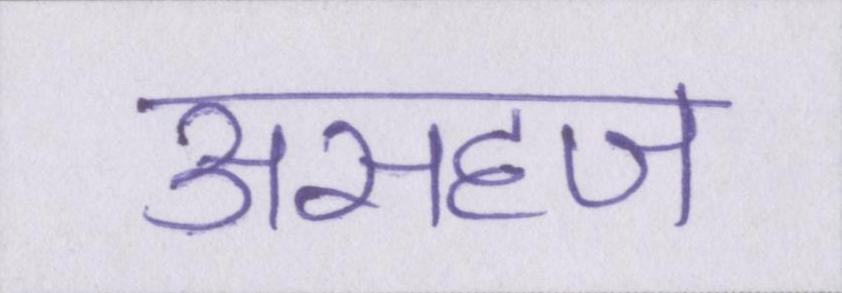
असहज